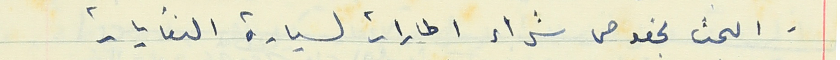
- البحث بخصوص شراء اطارات لسيارة النفايات